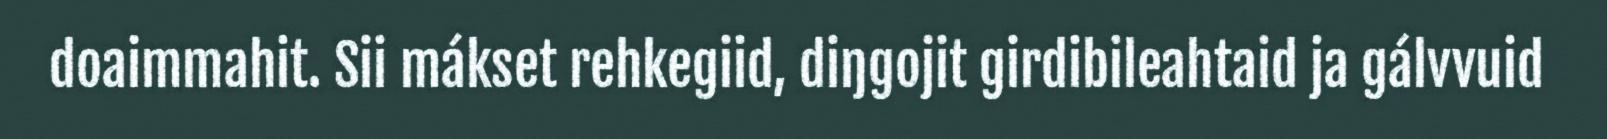
doaimmahit. Sii mákset rehkegiid, diŋgojit girdibileahtaid ja gálvvuid